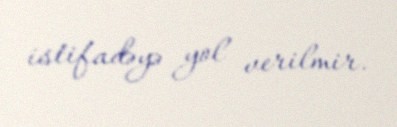
istifadəyə yol verilmir.